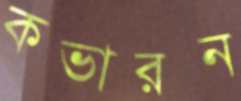
কভারন